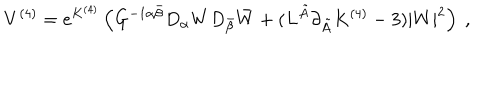
V ^ { ( 4 ) } = e ^ { K ^ { ( 4 ) } } \left( G ^ { - 1 \alpha \bar { \beta } } D _ { \alpha } W D _ { \bar { \beta } } \bar { W } + ( L ^ { \tilde { A } } \partial _ { \tilde { A } } K ^ { ( 4 ) } - 3 ) | W | ^ { 2 } \right) \ ,